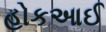
હોકઆઈ